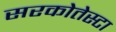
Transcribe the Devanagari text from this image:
सरकोतेस्टा